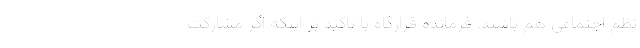
نظم اجتماعی هم باشند. فرمانده قرارگاه با تاکید بر اینکه اگر مشارکت